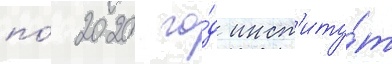
по́ 2020 го́д инст'иту́т